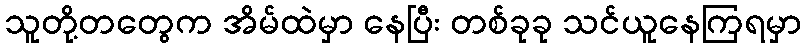
သူတို့တတွေက အိမ်ထဲမှာ နေပြီး တစ်ခုခု သင်ယူနေကြရမှာ